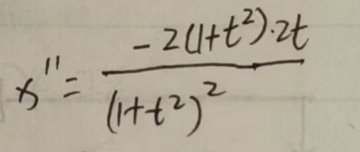
\[
x''=\frac{-2(1 + t^{2})\cdot2t}{(1 + t^{2})^{2}}
\]